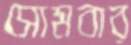
সোমবার